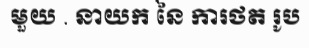
មួយ . នាយក នៃ ការថត រូប